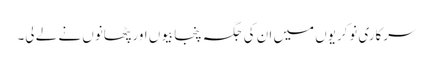
سرکاری نوکریوں میں ان کی جگہ پنجابیوں اور پٹھانوں نے لے لی۔